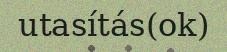
utasítás(ok)